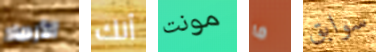
الأرصاد أنك مونت ما سوابق